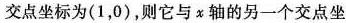
交点坐标为(1，0)，则它与x轴的另一个交点坐